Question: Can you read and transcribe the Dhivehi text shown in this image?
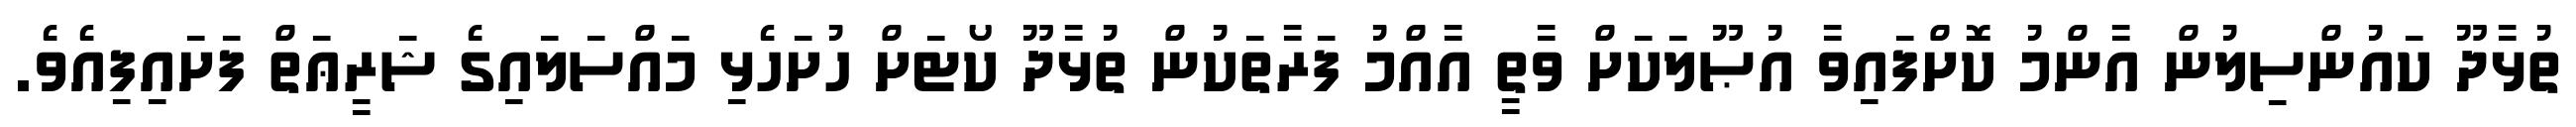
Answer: ތުޅާދޫ ކައުންސިލުން އާންމު ކޮށްފައިވާ އުޞޫލަކަށް ވާތީ އާއްމު ފަރާތަކުން ތުޅާދޫ ކޯޓަށް ހުށަހެޅި މައްސަލައިގެ ޝަރީޢަތް ފަށައިފިއެވެ.